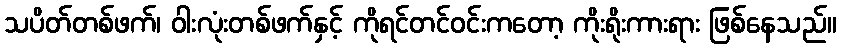
သပိတ်တစ်ဖက်၊ ဝါးလုံးတစ်ဖက်နှင့် ကိုရင်တင်ဝင်းကတော့ ကိုးရိုးကားရား ဖြစ်နေသည်။